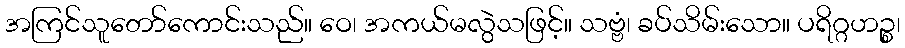
အကြင်သူတော်ကောင်းသည်။ ဝေ၊ အကယ်မလွဲသဖြင့်။ သဗ္ဗံ၊ ခပ်သိမ်းသော။ ပရိဂ္ဂဟဉ္စ၊